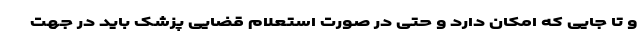
و تا جایی که امکان دارد و حتی در صورت استعلام قضایی پزشک باید در جهت